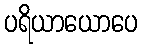
ပရိယာယောပေ